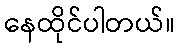
နေထိုင်ပါတယ်။